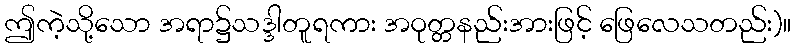
ဤကဲ့သို့သော အရာ၌သဒ္ဒါတူရကား အဝုတ္တနည်းအားဖြင့် ဖြေလေသတည်း)။